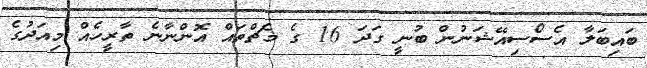
ބައިބަލާ އެސޯސިއޭޝަނުން ބުނީ ގަދަ 16 ގެ މެޗްތައް އޮންނާނެ ތާރީހެއް މިއަދުގެ